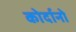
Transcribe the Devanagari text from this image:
कोर्दानो